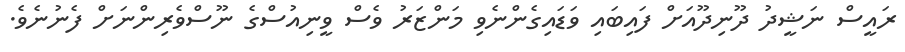
ރައީސް ނަޝީދު ދޫނިދޫއަށް ފައިބައި ވަޑައިގެންނެވި މަންޒަރު ވެސް ވީނިއުސްގެ ނޫސްވެރިންނަށް ފެނުނެވެ.